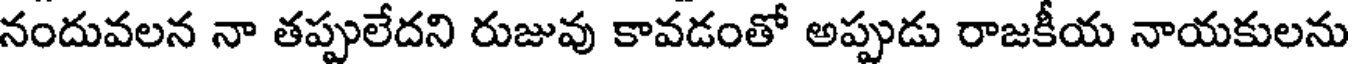
నందువలన నా తప్పులేదని రుజువు కావడంతో అప్పుడు రాజకీయ నాయకులను